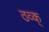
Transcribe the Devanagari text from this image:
ठव्क्